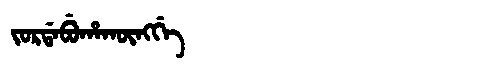
Manchu: ᠵᠣᡵᡩᠠᠪᡠᡥᠠᡴᡡᠩᡤᡝ
Romanization: JORDABUHAKŪNGGE